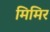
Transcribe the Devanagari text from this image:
मिमिर